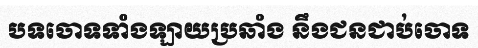
បទចោទទាំងឡាយប្រឆាំង នឹងជនជាប់ចោទ